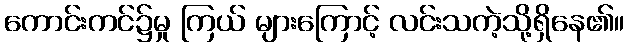
ကောင်းကင်၌မှု ကြယ် များကြောင့် လင်းသကဲ့သို့ရှိနေ၏။